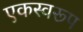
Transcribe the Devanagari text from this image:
एकस्वरूप